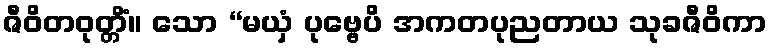
ဇီဝိတဝုတ္တိံ။ သော “မယှံ ပုဗ္ဗေပိ အကတပုညတာယ သုခဇီဝိကာ